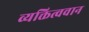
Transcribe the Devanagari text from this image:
व्यक्तित्ववान